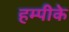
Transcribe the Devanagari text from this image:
हम्पीके